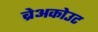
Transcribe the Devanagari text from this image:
ब्रेअकोउट